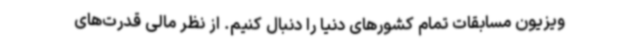
ویزیون مسابقات تمام کشورهای دنیا را دنبال کنیم. از نظر مالی قدرت‌های